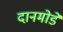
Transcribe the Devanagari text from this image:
दानमोडे